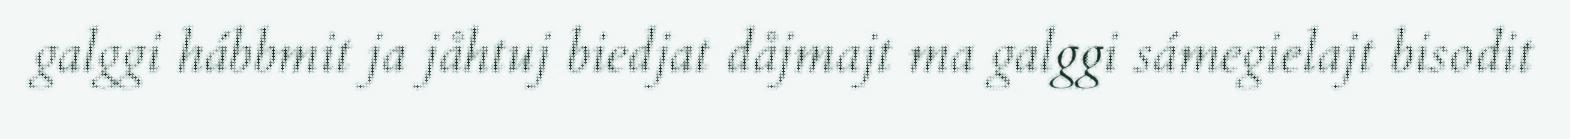
galggi hábbmit ja jåhtuj biedjat dåjmajt ma galggi sámegielajt bisodit